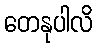
တေနုပါလိ